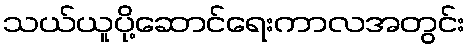
သယ်ယူပို့ဆောင်ရေးကာလအတွင်း